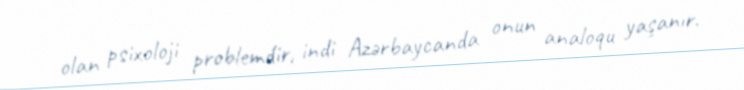
olan psixoloji problemdir, indi Azərbaycanda onun analoqu yaşanır.